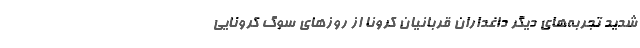
شدید تجربه‌های دیگر داغداران قربانیان کرونا از روز‌های سوگ کرونایی